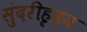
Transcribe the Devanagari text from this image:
सुंदरीहृदय